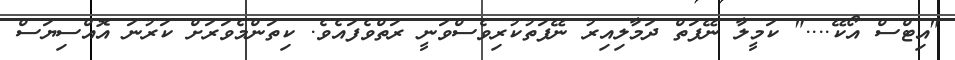
"އިޓްސް އޯކޭ...." ކަމީލާ ނޭފަތް ދަމާލިއިރު ނޭފަތުކުރިވެސްވަނީ ރަތްވެފައެވެ. ކިތަންމެވަރަށް ކަރުނަ އޮއްސިޔަސް